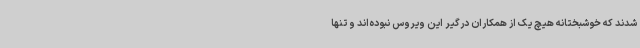
شدند که خوشبختانه هیچ یک از همکاران درگیر این ویروس نبوده‌اند و تنها